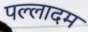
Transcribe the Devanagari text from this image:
पल्लादम